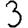
Digit: 3